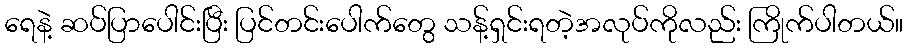
ရေနဲ့ ဆပ်ပြာပေါင်းပြီး ပြင်တင်းပေါက်တွေ သန့်ရှင်းရတဲ့အလုပ်ကိုလည်း ကြိုက်ပါတယ်။